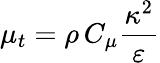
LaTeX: {\mu_{t}}=\rho\, {C_{\mu}}\frac{{{\kappa^{2}}}}{\varepsilon}